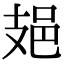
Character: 𨙾